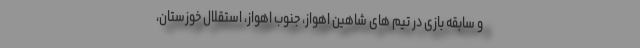
و سابقه بازی در تیم های شاهین اهواز، جنوب اهواز، استقلال خوزستان،